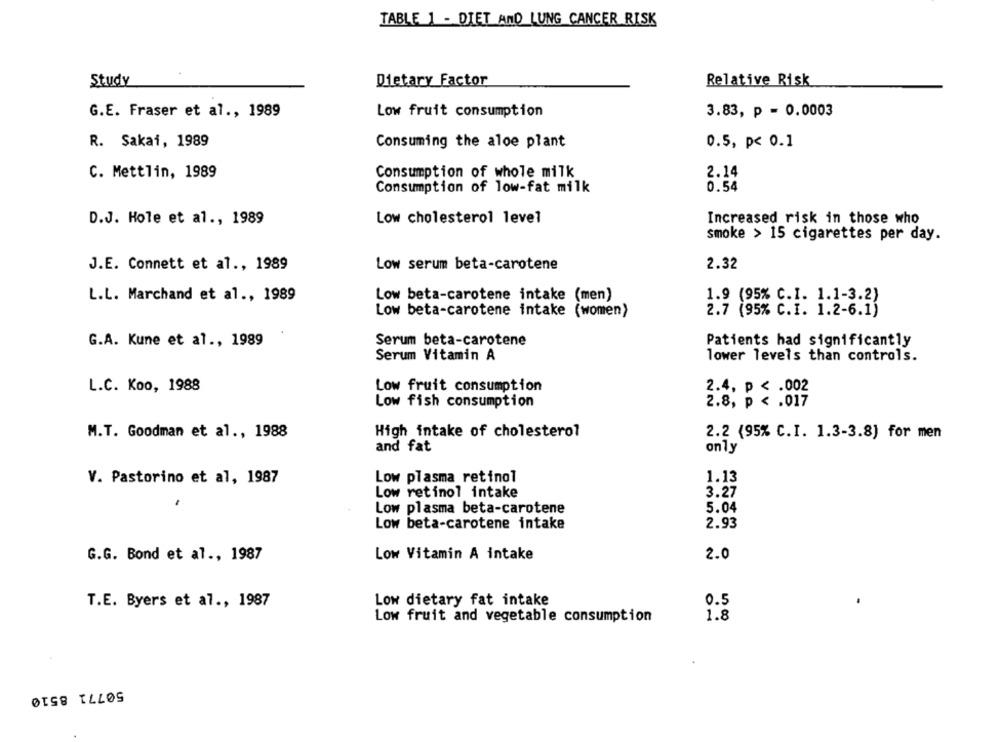
TABLE 1 - DIET AND LUNG CANCER RISK
Study
Dietary Factor
Relative Risk
G.E. Fraser et al ., 1989
Low fruit consumption
3.83, p = 0.0003
R. Sakai, 1989
Consuming the aloe plant
0.5, p< 0.1
C. Mettlin, 1989
Consumption of whole milk
2.14
Consumption of low-fat milk
0.54
D.J. Hole et al ., 1989
Low cholesterol level
Increased risk in those who
smoke > 15 cigarettes per day.
J.E. Connett et al ., 1989
Low serum beta-carotene
2.32
L.L. Marchand et al ., 1989
Low beta-carotene intake (men)
1.9 (95% C.I. 1.1-3.2)
Low beta-carotene intake (women)
2.7 (95% C.I. 1.2-6.1)
G.A. Kune et al ., 1989
Serum beta-carotene
Patients had significantly
Serum Vitamin A
lower levels than controls.
L.C. Koo, 1988
Low fruit consumption
2.4, p < . 002
Low fish consumption
2.8, p < . 017
M.T. Goodman et al ., 1988
High intake of cholesterol
2.2 (95% C.I. 1.3-3.8) for men
and fat
only
V. Pastorino et al, 1987
Low plasma retinol
1.13
Low retinol intake
3.27
Low plasma beta-carotene
5.04
Low beta-carotene intake
2.93
G.G. Bond et al ., 1987
Low Vitamin A intake
2.0
Low dietary fat intake
0.5
T.E. Byers et al ., 1987
1.8
Low fruit and vegetable consumption
50771 8510